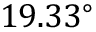
1 9 . 3 3 ^ { \circ }